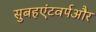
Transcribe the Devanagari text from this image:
सुबहएंटवर्पऔर